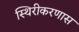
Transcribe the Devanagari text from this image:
स्थिरीकरणास